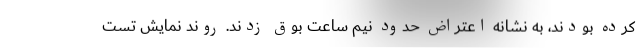
کرده ‌بودند، به نشانه اعتراض حدود نیم ساعت بوق زدند. روند نمایش تست